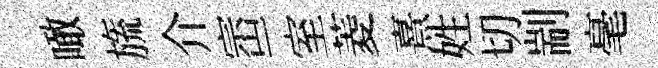
噉旒介崈一室菱熹姓切剬毫